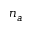
n _ { a }